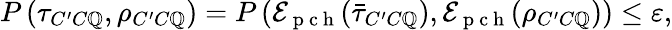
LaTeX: P\left(\tau_{C^{\prime}C\mathbb{Q}},\rho_{C^{\prime}C\mathbb{Q}}\right)=P\left(\mathcal{{E}}_{\mathrm{{~p~c~h~}}}(\bar{{\tau}}_{C^{\prime}C\mathbb{Q}}),\mathcal{{E}}_{\mathrm{{~p~c~h~}}}(\rho_{C^{\prime}C\mathbb{Q}})\right)\leq\varepsilon,